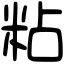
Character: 粘